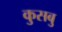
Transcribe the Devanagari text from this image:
कुसबु